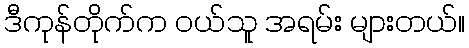
ဒီကုန်တိုက်က ဝယ်သူ အရမ်း များတယ်။